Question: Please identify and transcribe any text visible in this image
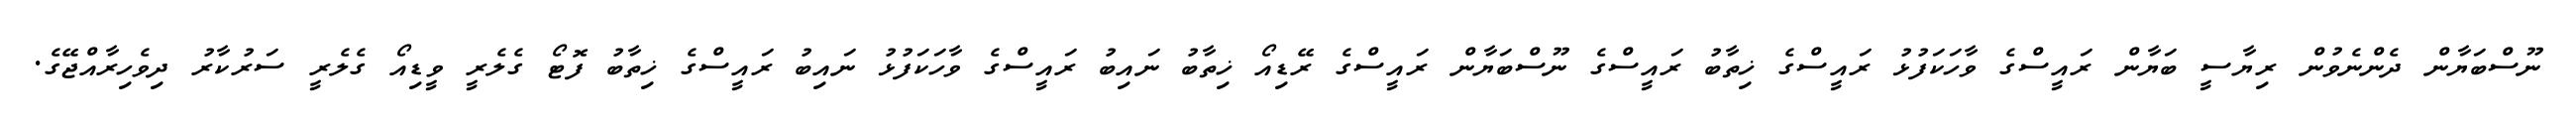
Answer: ނޫސްބަޔާން ދެންނެވުން ރިޔާސީ ބަޔާން ރައީސްގެ ވާހަކަފުޅު ރައީސްގެ ޚިތާބު ރައީސްގެ ނޫސްބަޔާން ރައީސްގެ ރޭޑިއޯ ޚިތާބު ނައިބު ރައީސްގެ ވާހަކަފުޅު ނައިބު ރައީސްގެ ޚިތާބު ފޮޓޯ ގެލެރީ ވީޑިއޯ ގެލެރީ ސަރުކާރު ދިވެހިރާއްޖޭގެ.